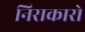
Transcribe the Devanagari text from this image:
निराकारो